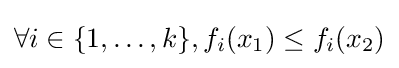
\forall i\in \{1,\dots ,k\},f_{i}(x_{1})\leq f_{i}(x_{2})